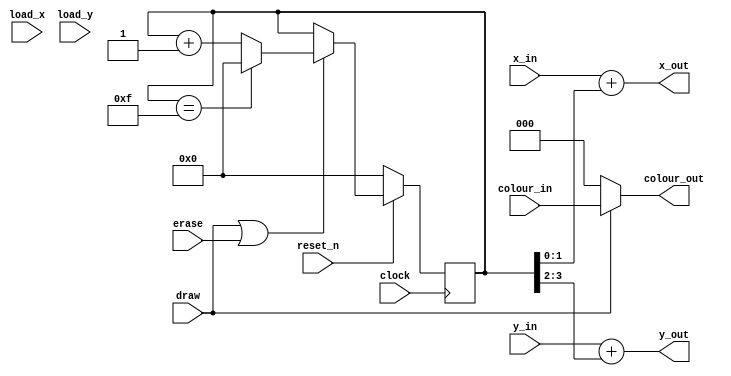
module datapath(clock, x_in, y_in, colour_in, reset_n, load_x, load_y, draw, erase, x_out, y_out, colour_out);
	input [7:0] x_in;
	input [6:0] y_in;
	input [2:0] colour_in;
	input clock;
	input reset_n; 
	input load_x; 
	input load_y; 
	input draw; 
	input erase;
	output [7:0] x_out;
	output [6:0] y_out;
	output [2:0] colour_out;
	
	reg [3:0] count;
	
	always @(posedge clock)
	begin
		if (!reset_n)
			count <= 4'b0000;
		else if (draw || erase)
			begin
				if(count == 4'b1111)
					count <= 4'b0000;
				else
					count <= count + 1'b1;
			end
	end
	
	assign x_out = x_in + count[1:0];
	assign y_out = y_in + count[3:2];
	assign colour_out = (draw) ? colour_in : 3'b000;
endmodule